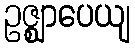
ဥဇ္ဈာပေယျ